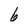
Character: 6